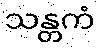
သန္တကံ